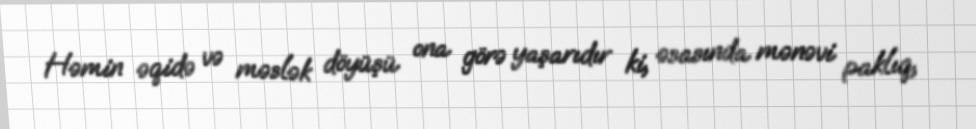
Həmin əqidə və məslək döyüşü ona görə yaşarıdır ki, əsasında mənəvi paklıq,